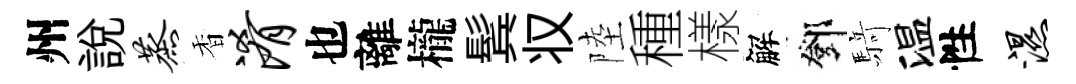
州説蒸香淆也離櫳鬂𠬧陸種樣解鄧𮪍温性湿